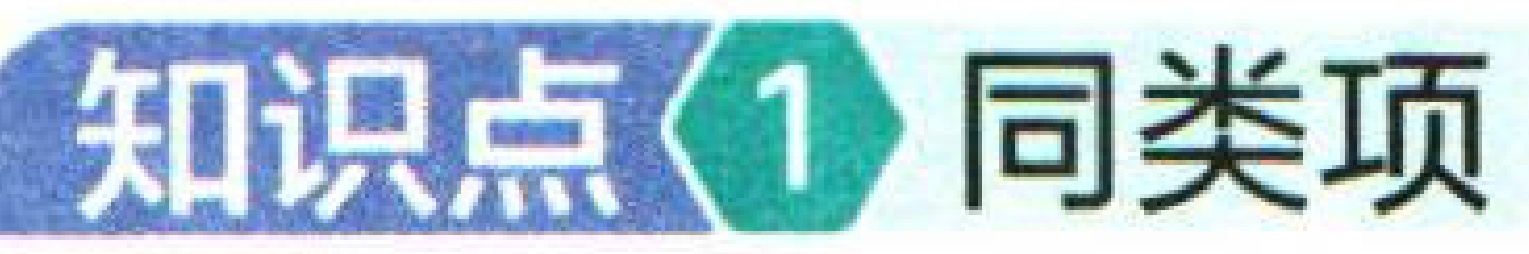
知识点1 同类项